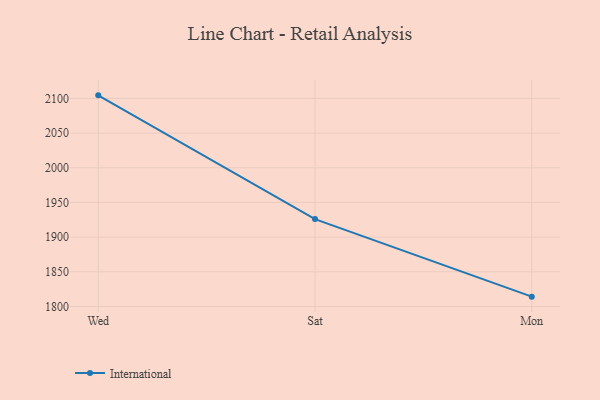
{"axis": {"x": "Day", "y": "Headcount"}, "legend": ["International"], "data": [{"x": "Wed", "y": 2104.4, "type": "International"}, {"x": "Sat", "y": 1926.0, "type": "International"}, {"x": "Mon", "y": 1814.2, "type": "International"}]}